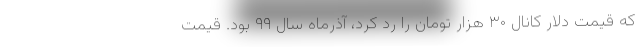
که قیمت دلار کانال ۳۰ هزار تومان را رد کرد، آذرماه سال ۹۹ بود. قیمت